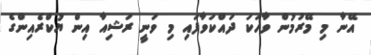
އޭނާ މި މޭރުމުން ވާހަކަ ދައްކަވާފައި މި ވަނީ ރަޝިއާ އިން ޔުކްރެއިންގެ